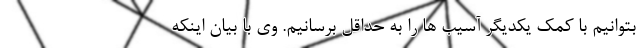
بتوانیم با کمک یکدیگر آسیب ها را به حداقل برسانیم. وی با بیان اینکه